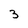
Character: 3